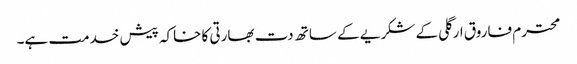
محترم فاروق ارگلی کے شکریے کے ساتھ دت بھارتی کا خاکہ پیش خدمت ہے۔